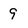
Character: 9